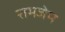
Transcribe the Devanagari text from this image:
रामजेम